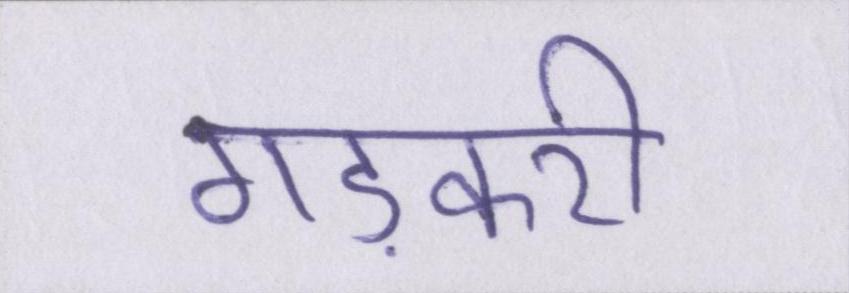
गड़करी